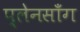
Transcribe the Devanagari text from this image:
प्लेनसाँग